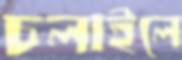
চলাইলে